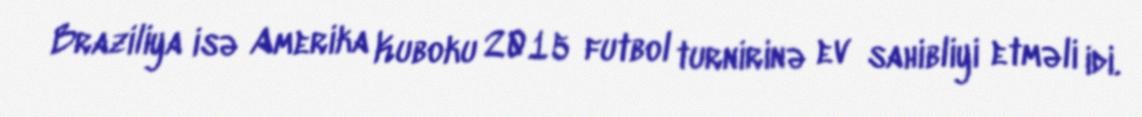
Braziliya isə Amerika Kuboku 2015 futbol turnirinə ev sahibliyi etməli idi.